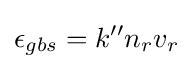
\epsilon _{gbs}=k''n_{r}v_{r}